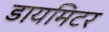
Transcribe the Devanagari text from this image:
डायमिटर